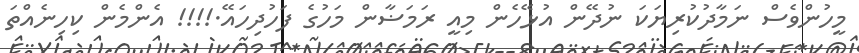
މީހުންވެސް ނަމާދުކުރިޔަކަ ނުދޭން އުޅޭހެން މިއީ ރަމަޟާން މަހުގެ ފަހުދިހައޭ.!!!! އެންމެން ކިހިނެއްތަ